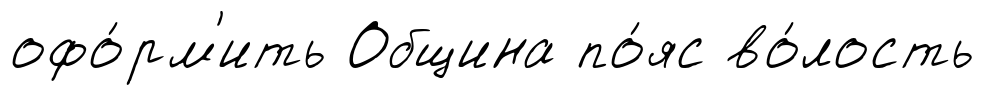
офо́рм'ить Община по́яс во́лость